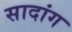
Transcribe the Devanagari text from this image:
सादांग